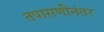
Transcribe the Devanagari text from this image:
तपासणीनंतर